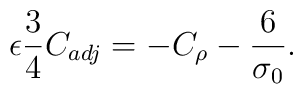
\epsilon \frac{3}{4} C_{adj} = - C_{\rho} - \frac{6}{\sigma_{0}}.